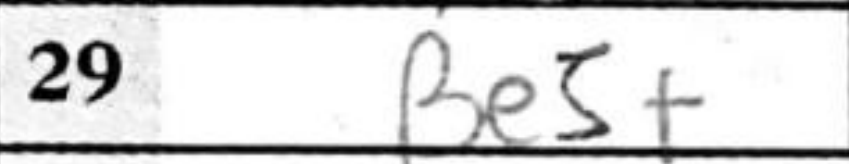
Transcription: Be5+